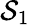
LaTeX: \mathcal{S}_{1}